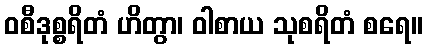
ဝစီဒုစ္စရိတံ ဟိတွာ၊ ဝါစာယ သုစရိတံ စရေ။